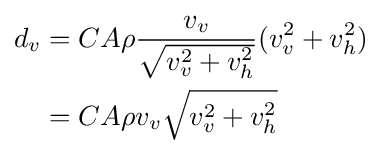
{\begin{aligned}d_{v}&=CA\rho {\frac {v_{v}}{\sqrt {v_{v}^{2}+v_{h}^{2}}}}(v_{v}^{2}+v_{h}^{2})\\&=CA\rho v_{v}{\sqrt {v_{v}^{2}+v_{h}^{2}}}\end{aligned}}